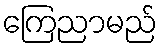
ကြေညာမည်